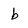
Character: b